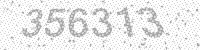
Solution: 356313